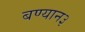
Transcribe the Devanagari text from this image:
बण्यान३